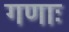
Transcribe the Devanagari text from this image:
गणाः